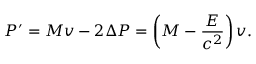
P ^ { \prime } = M v - 2 \Delta P = \left( M - { \frac { E } { c ^ { 2 } } } \right) v .